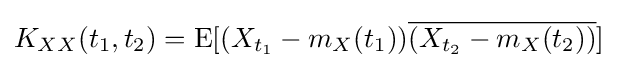
K_{XX}(t_{1},t_{2})=\operatorname {E} [(X_{t_{1}}-m_{X}(t_{1})){\overline {(X_{t_{2}}-m_{X}(t_{2}))}}]